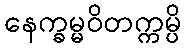
နေက္ခမ္မဝိတက္ကမ္ပိ